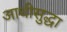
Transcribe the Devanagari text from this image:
आधीसुद्धा